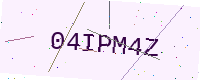
Text: 04IPM4Z